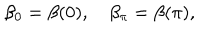
\beta _ { 0 } = \beta ( 0 ) , \quad \beta _ { \pi } = \beta ( \pi ) ,